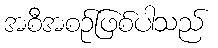
အစီအစဉ်ဖြစ်ပါသည်